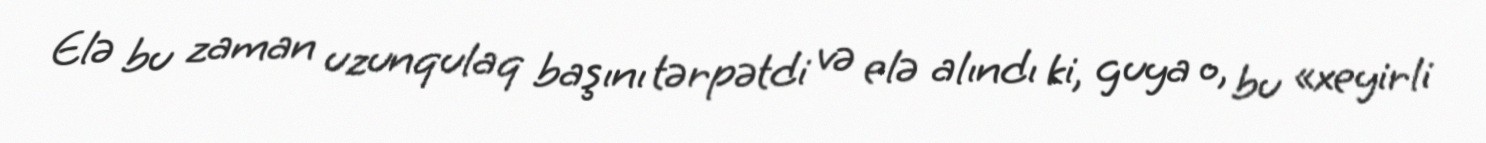
Elə bu zaman uzunqulaq başını tərpətdi və elə alındı ki, guya o, bu «xeyirli